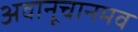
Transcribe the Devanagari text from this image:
अवानूचानमव